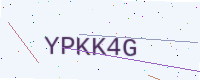
Text: YPKK4G